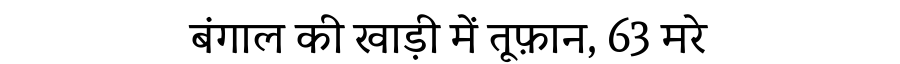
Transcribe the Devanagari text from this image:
बंगाल की खाड़ी में तूफ़ान, 63 मरे